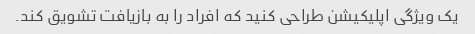
یک ویژگی اپلیکیشن طراحی کنید که افراد را به بازیافت تشویق کند.